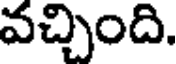
వచ్చింది.